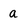
Character: a